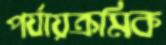
পর্যায়ক্রমিক